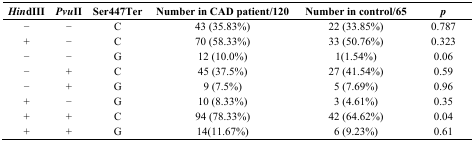
| HindIII | PvuII | Ser447Ter | Number in CAD patient/120 | Number in control/65 | p |
 | --- | --- | --- | --- | --- | --- |
 | − | − | C | 43 (35.83%) | 22 (33.85%) | 0.787 |
 | + | − | C | 70 (58.33%) | 33 (50.76%) | 0.323 |
 | − | − | G | 12 (10.0%) | 1(1.54%) | 0.06 |
 | − | + | C | 45 (37.5%) | 27 (41.54%) | 0.59 |
 | − | + | G | 9 (7.5%) | 5 (7.69%) | 0.96 |
 | + | − | G | 10 (8.33%) | 3 (4.61%) | 0.35 |
 | + | + | C | 94 (78.33%) | 42 (64.62%) | 0.04 |
 | + | + | G | 14(11.67%) | 6 (9.23%) | 0.61 |